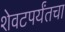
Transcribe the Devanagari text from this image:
शेवटपर्यंतचा